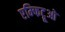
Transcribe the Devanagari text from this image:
एम्फिट्रूओ